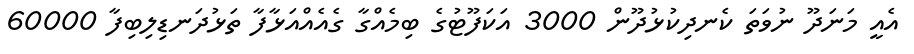
އެއީ މަނަދޫ ނުވަތަ ކެނދިކުޅުދޫން 3000 އަކަފޫޓުގެ ބިމެއްގާ ގެއެއްއަޅާފާ ތަޅުދަނޑިލިބިފާ 60000